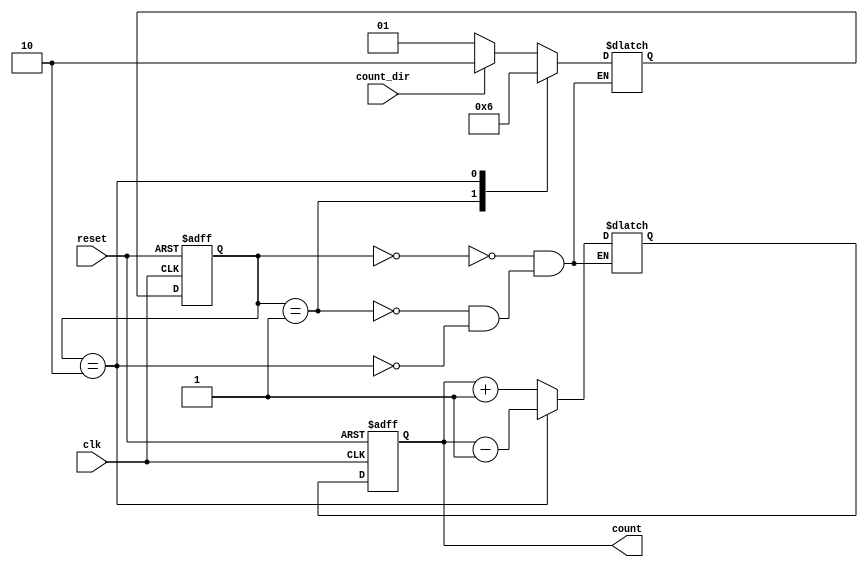
module Counter (
    input wire clk,            // Clock input
    input wire reset,          // Reset input
    input wire count_dir,      // Count direction input
    output reg [7:0] count     // Output count value
);

// Define states for the state machine
parameter IDLE = 2'b00;
parameter INC = 2'b01;
parameter DEC = 2'b10;

// Define reg for state variable
reg [1:0] state_reg, state_next;

// Define reg for count increment or decrement
reg [7:0] count_reg, count_next;

// State machine logic
always @ (posedge clk or posedge reset) begin
    if (reset) begin
        state_reg <= IDLE;
        count_reg <= 8'b00000000;
    end else begin
        state_reg <= state_next;
        count_reg <= count_next;
    end
end

// Count value increment or decrement logic
always @ (*) begin
    case (state_reg)
        IDLE: begin
            count_next = count_reg + 1;
            state_next = count_dir ? DEC : INC;
        end
        INC: begin
            count_next = count_reg + 1;
            state_next = INC;
        end
        DEC: begin
            count_next = count_reg - 1;
            state_next = DEC;
        end
    endcase
end

// Assign count output
assign count = count_reg;

endmodule